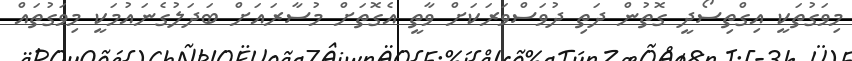
މިވަގުތަކީ އިގްތިސޯދީ ގޮތުން ދަތި ދުވަސްވަރަކަށް ވާތީ އެގޮތަށް މުސާރައަށް ބަދަލުގެނައުމަކީ މިވަގުތައް